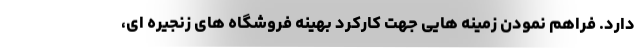
دارد. فراهم نمودن زمینه هایی جهت کارکرد بهینه فروشگاه های زنجیره ای،